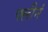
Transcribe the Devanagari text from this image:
फ्लीनं